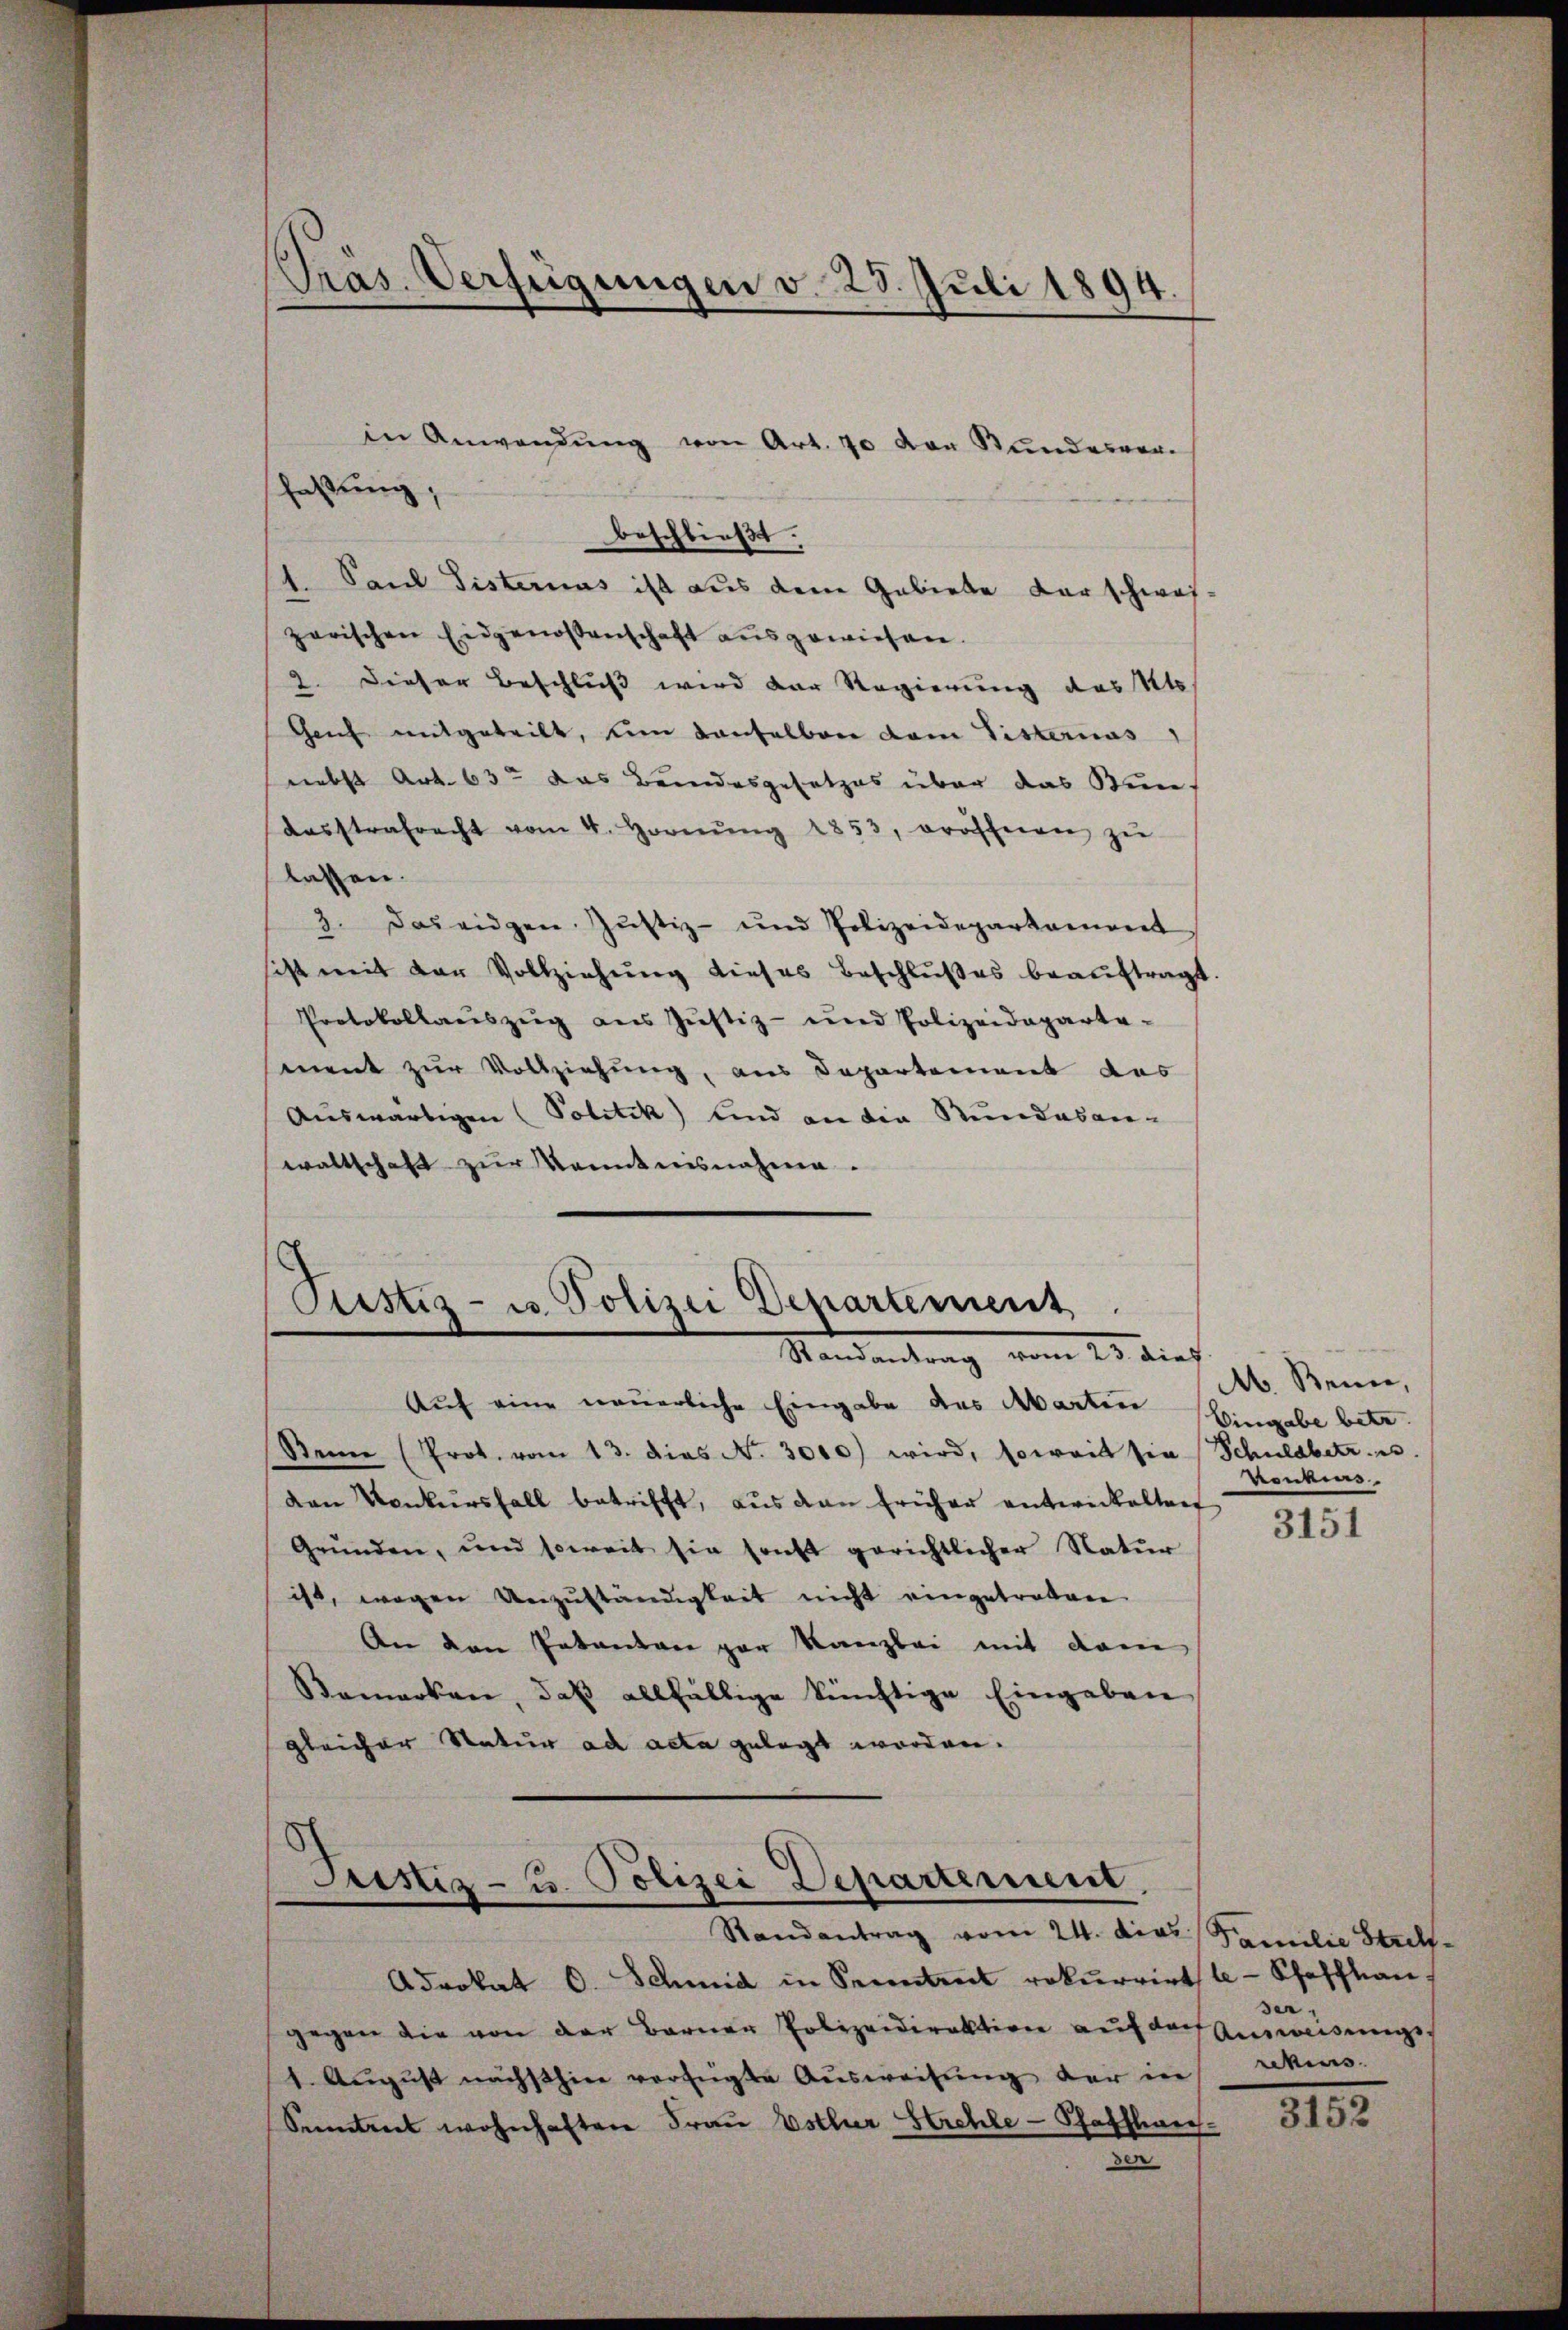
Präs. Verfügungen v. 23. Juli 1894.

faßung,
beschließt.
 Sand Fisterius ist aus dem Gebiete der schwas-
zerischen Eidgenossenschaft ausgewiesen.
2. Dieser Beschluß wird der Regierung des Sto
Genf mitgeteilt, um Laufelbar dem Tisternas
nebst Art. 63 das Bundesgesetzes über das Stundesstrafrecht vom 4. Hornŭng 1853. eröffnen zŭ
lassen.
3. Das eidgen. Justiz- und Polizeidepartament
sist mit der Vollziehŭng dieses Beschlŭβes beaŭftragt.
Protokollauszeig aus Justiz- und Polizeidepartement zur Vollziehung, aus Departement das
Auswärtigen (Politik sind an die Stundesan-
waltschaft zur Kenntnisnahme.

in Anwendung von Art. 70 von Stundesver¬

Pustiz- u. Polizei Departement
Standantung vom 23. dies

Auf eine neuerliche Eingabe des Abarten Hingabe betr.
Seine (Prot. vom 13. dies N. 3010) wird, soweit sie Schuldbetr. s.
den Konkursfall betrifft, aus den früher entwickeltenf
Grŭnden, und soweit sie sonst gerichtlicher Natŭr
ist, wegen Unzuständigkeit nicht eingetreten
An den Patenten par Kanzlei mit dem
Bemerken, daβ allfällige künftige Eingeben
gleicher Natur ad acta gelegt worden.

Justiz- u. Polizei Departement,
Randantrag vom 24. die Familie Strel¬

Adrokat C. Schmid in Sennent rekurrirt le Schaffhau
gegen die von der Berner Polizeidirektion auf der Ausweisungs¬
1. Aŭgŭst nächsthier verfügte Aŭsweisŭng der in rekurs.
Sonntent wohnhaften Frau Estler Strehle -Pfaffler
den

M. Benne,
Konkurs

3151

ser,

3152